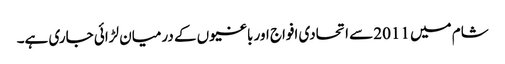
شام میں 2011 سے اتحادی افواج اور باغیوں کے درمیان لڑائی جاری ہے۔